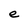
Character: e